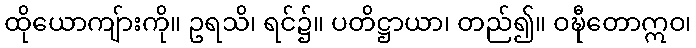
ထိုယောကျ်ားကို။ ဥရသိ၊ ရင်၌။ ပတိဋ္ဌာယာ၊ တည်၍။ ဝဍ္ဎီတောဣဝ၊